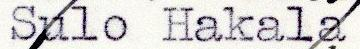
Sulo Hakala